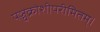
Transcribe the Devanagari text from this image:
पञ्चक्रोशीपरीमितम्।